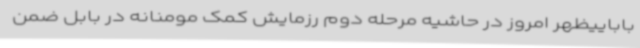
باباییظهر امروز در حاشیه مرحله دوم رزمایش کمک مومنانه در بابل ضمن